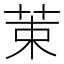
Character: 𫇿